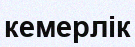
кемерлік